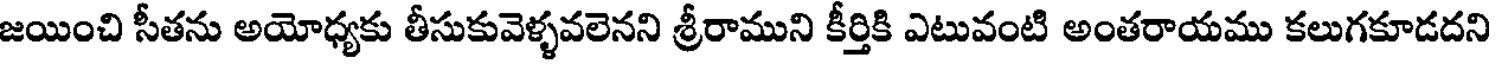
జయించి సీతను అయోధ్యకు తీసుకువెళ్ళవలెనని శ్రీరాముని కీర్తికి ఎటువంటి అంతరాయము కలుగకూడదని